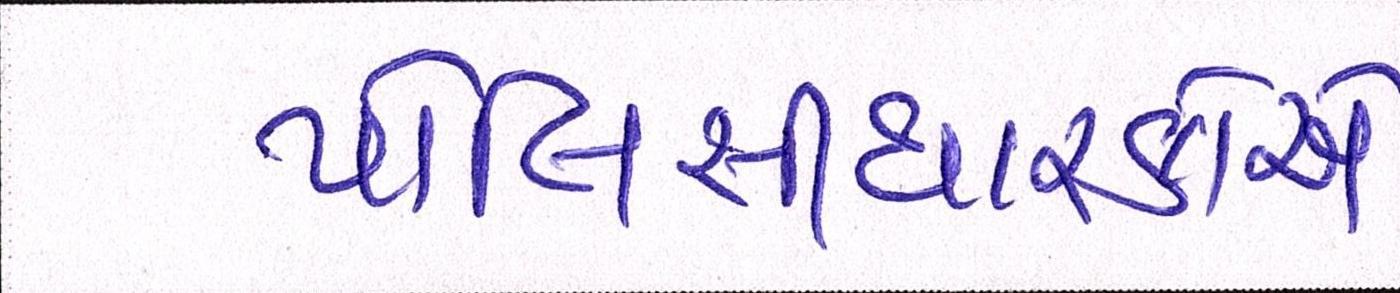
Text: પોલિસીધારકોએ